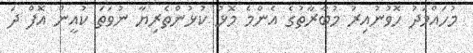
މުހައްމަދު ހޮވުނުއިރު މުބާރާތުގެ އެންމެ މޮޅު ކުޅުންތެރިޔާ ނުވަތަ ކުއީން އޮފް ދަ